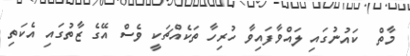
މާތް  ކައުނުގައި ލައްވާފައިވާ ހުރިހާ ތަކެއްޗަކީ ވެސް އޭގެ ޒާތުގައި އެކަތި